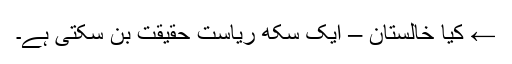
← کیا خالستان – ایک سکھ ریاست حقیقت بن سکتی ہے۔